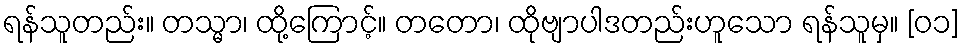
ရန်သူတည်း။ တသ္မာ၊ ထို့ကြောင့်။ တတော၊ ထိုဗျာပါဒတည်းဟူသော ရန်သူမှ။ [၀၁]